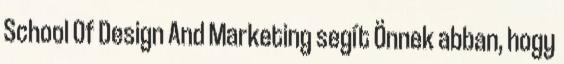
School Of Design And Marketing segít Önnek abban, hogy